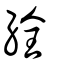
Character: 絟